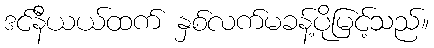
ဒင်နီယယ်ထက် နှစ်လက်မခန့်ပိုမြင့်သည်။